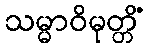
သမ္မာဝိမုတ္တိံ